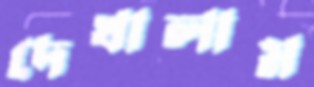
দেখালাম